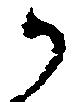
御